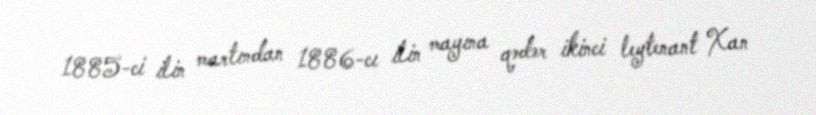
1885-ci ilin martından 1886-cı ilin mayına qədər ikinci leytenant Xan